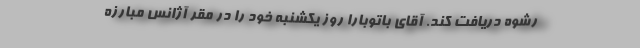
رشوه دریافت کند. آقای باتوبارا روز یکشنبه خود را در مقر آژانس مبارزه